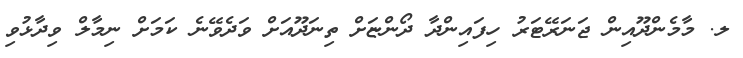
ލ. މާމެންދޫއިން ޖަނަރޭޓަރު ހިފައިންދާ ދޯންޏަށް ތިނަދޫއަށް ވަދެވޭނެ ކަމަށް ނިމާލް ވިދާޅުވި